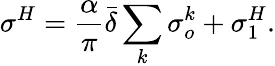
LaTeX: \sigma^{H}=\frac{\alpha}{\pi}\bar{\delta}\sum_{k}\sigma_{o}^{k}+\sigma_{1}^{H}.